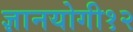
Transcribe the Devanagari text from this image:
ज्ञानयोगी१२